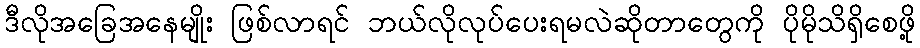
ဒီလိုအခြေအနေမျိုး ဖြစ်လာရင် ဘယ်လိုလုပ်ပေးရမလဲဆိုတာတွေကို ပိုမိုသိရှိစေဖို့